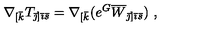
\nabla _ { [ \bar { k } } T _ { { \bar { \jmath } } ] { \bar { \imath } } { \bar { s } } } = \nabla _ { [ \bar { k } } ( e ^ { G } \overline { { W } } _ { { \bar { \jmath } } ] { \bar { \imath } } \bar { s } } ) \ ,